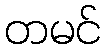
တမင်